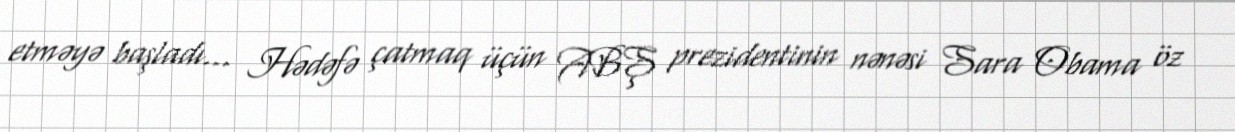
etməyə başladı... Hədəfə çatmaq üçün ABŞ prezidentinin nənəsi Sara Obama öz